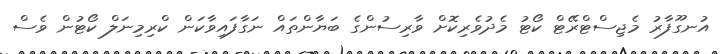
އުނގޫފާރު މެޖިސްޓްރޭޓް ކޯޓު މެދުވެރިކޮށް ވާރިސުންގެ ބަޔާންތައް ނަގާފައިވާކަން ކްރިމިނަލް ކޯޓުން ވެސް